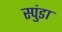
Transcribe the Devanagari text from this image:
स्पुंडा